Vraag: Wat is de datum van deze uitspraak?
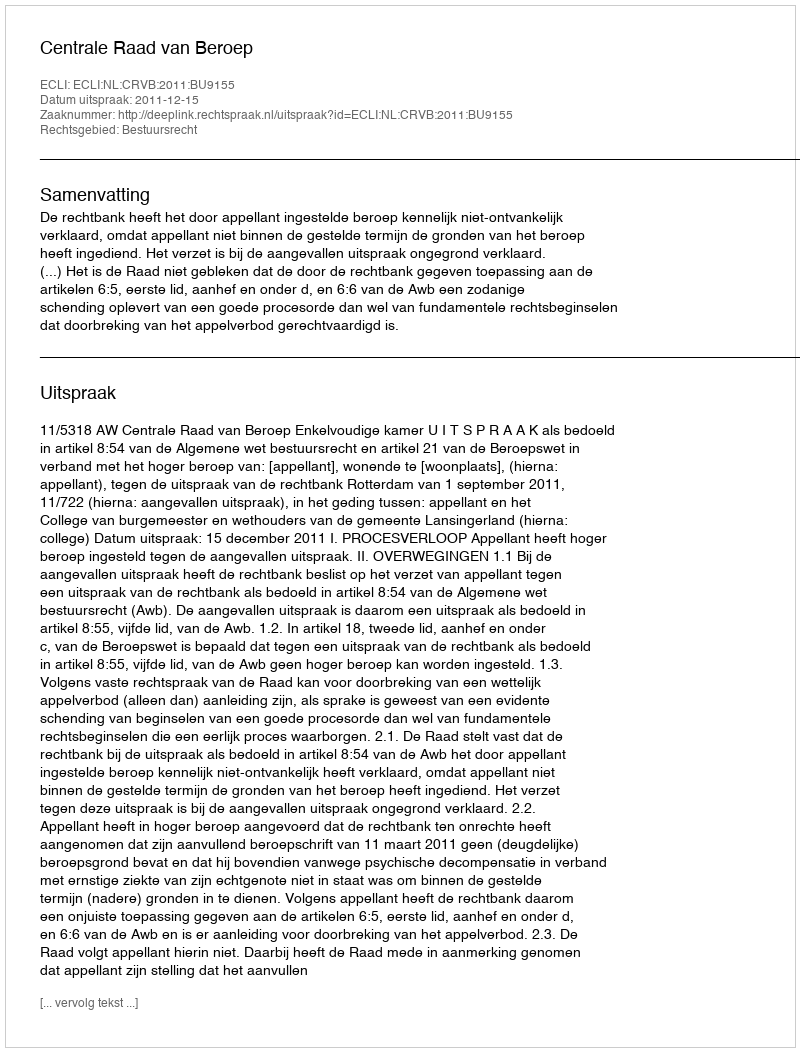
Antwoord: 2011-12-15